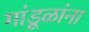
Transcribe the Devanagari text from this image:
गांडूळांना